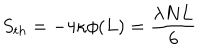
S _ { t h } = - 4 \kappa \phi ( L ) = { \frac { \lambda N L } { 6 } }